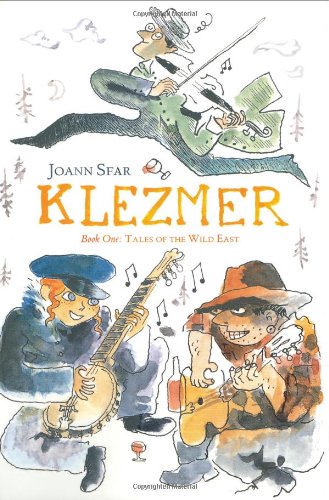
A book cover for Klezmer: Tales of the Wild East; Joann Sfar; Comics & Graphic Novels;